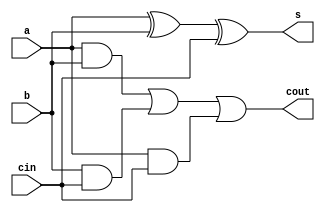
module fulladder(a,b,cin,s,cout);

input a,b,cin;
output s,cout;
wire w1,w2,w3;
xor xor1(s,a,b,cin);
and and1(w1,a,b);
and and2(w2,b,cin);
and and3(w3,a,cin);
or or1(cout,w1,w2,w3);

endmodule